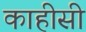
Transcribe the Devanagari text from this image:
काहीसी